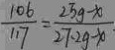
\frac { 1 0 6 } { 1 1 7 } = \frac { 2 5 g - x } { 2 7 . 2 g - x \cdot }